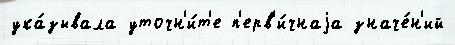
ука́зывала уточн'и́т'е п'ерв'и́чнаjа значе́н'ий